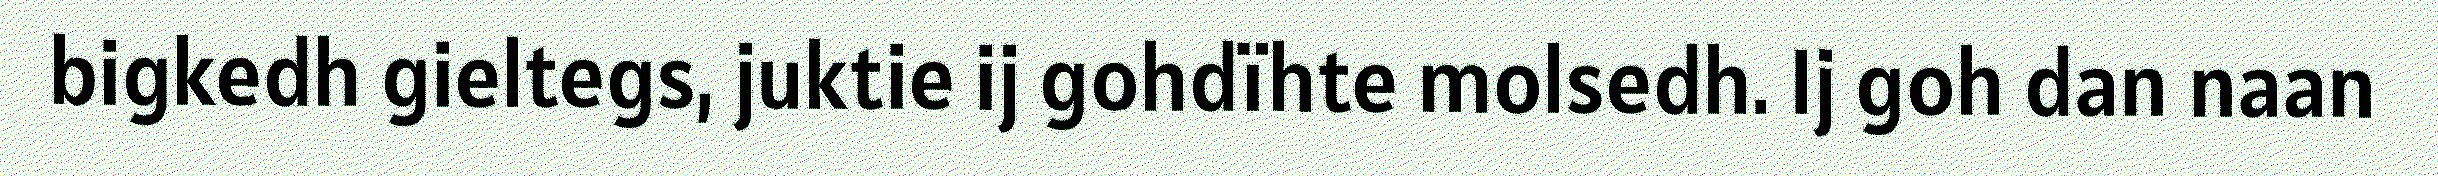
bigkedh gieltegs, juktie ij gohdïhte molsedh. Ij goh dan naan